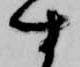
す